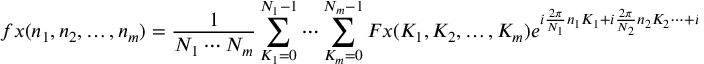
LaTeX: f x ( n _ { 1 } , n _ { 2 } , \ldots , n _ { m } ) = { \frac { 1 } { N _ { 1 } \cdots N _ { m } } } \sum _ { K _ { 1 } = 0 } ^ { N _ { 1 } - 1 } \cdots \sum _ { K _ { m } = 0 } ^ { N _ { m } - 1 } F x ( K _ { 1 } , K _ { 2 } , \ldots , K _ { m } ) e ^ { i { \frac { 2 \pi } { N _ { 1 } } } n _ { 1 } K _ { 1 } + i { \frac { 2 \pi } { N _ { 2 } } } n _ { 2 } K _ { 2 } \cdots + i { \frac { 2 \pi } { N _ { m } } } n _ { m } K _ { m } }